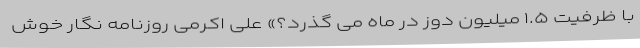
با ظرفیت ۱.۵ میلیون دوز در ماه می گذرد؟» علی اکرمی روزنامه نگار خوش